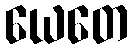
ယေတေ